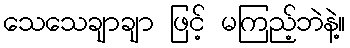
သေသေချာချာ ဖြင့် မကြည့်ဘဲနဲ့။